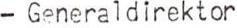
- Generaldirektor